Report of the Bombay Veterinary College
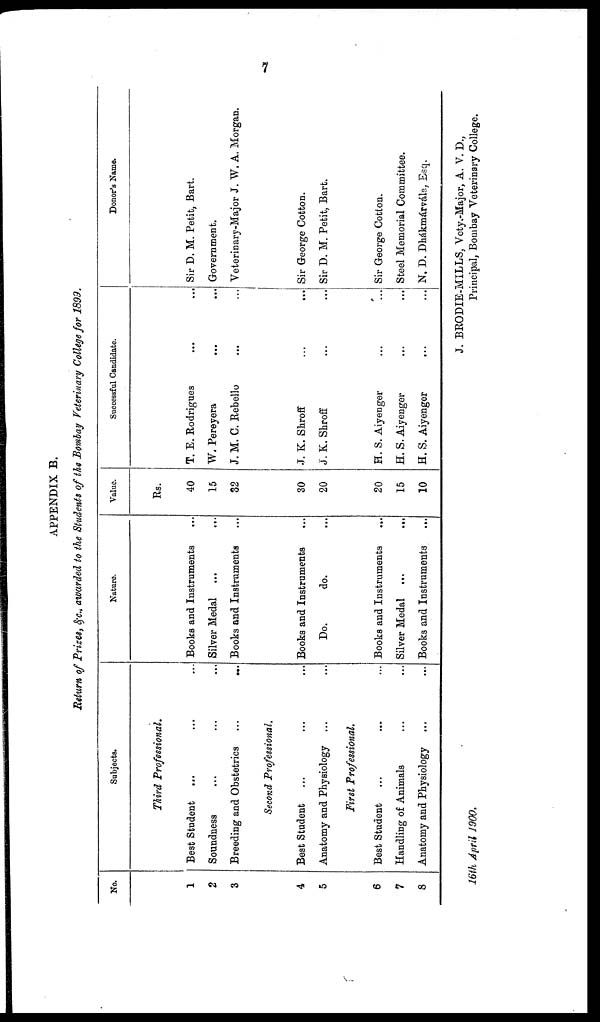
7
APPENDIX B.
Return of Prizes, &c., awarded to the Students of the Bombay Veterinary College for 1899.
No.
1
2
3
4
5
6
7
8
Subjects.
Third Professional.
Best Student ... ...
Soundness ... ...
Breeding and Obstetrics ...
...
Second Professional.
Best Student ... ...
Anatomy and Physiology ... ...
First Professional.
Best Student ... ...
Handling of Animals ... ...
Anatomy and Physiology ... ...
Nature.
Books and Instruments
Silver Medal
Books and Instruments
Books and Instruments
Do.
do.
Books and Instruments
...
Silver Medal ...
Books and Instruments
...
Value.
Rs.
40
15
32
30
20
20
15
10
Successful Candidate.
T. E. Rodrigues
W. Pereyera
J. M. C. Rebello
J. K. Shroff
J. K. Shroff
H. S. Aiyenger
H. S. Aiyenger
H. S. Aiyenger
Donor's Name.
Sir D. M. Petit, Bart.
Government.
Veterinary-Major J. W. A. Morgan.
Sir George Cotton.
Sir D. M. Petit, Bart.
Sir George Cotton.
Steel Memorial Committee.
N. D. Dhákmárvála, Esq.
J. BRODIE-MILLS, Vety.-Major, A. V. D.,
16th April
1900.
Principal, Bombay Veterinary College.